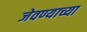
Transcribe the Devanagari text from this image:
जेवण्याच्या